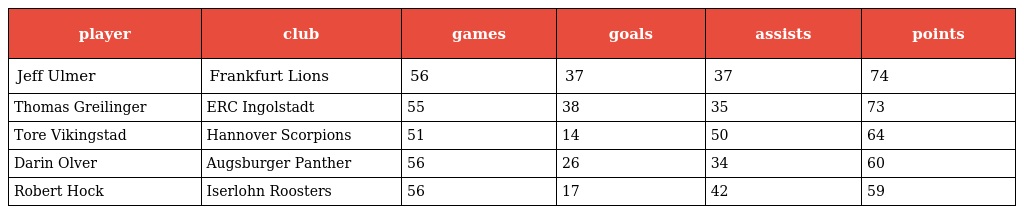
| player | club | games | goals | assists | points |
 | --- | --- | --- | --- | --- | --- |
 | Jeff Ulmer | Frankfurt Lions | 56 | 37 | 37 | 74 |
 | Thomas Greilinger | ERC Ingolstadt | 55 | 38 | 35 | 73 |
 | Tore Vikingstad | Hannover Scorpions | 51 | 14 | 50 | 64 |
 | Darin Olver | Augsburger Panther | 56 | 26 | 34 | 60 |
 | Robert Hock | Iserlohn Roosters | 56 | 17 | 42 | 59 |